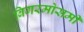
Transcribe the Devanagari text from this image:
बिगरमोसमी